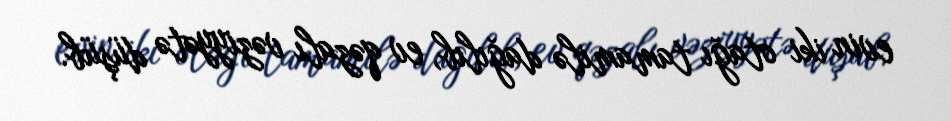
evin iki otağı tamamilə dağılıb, ev qəzalı vəziyyətə düşüb.